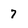
Character: 7